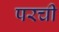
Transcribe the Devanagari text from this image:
परची